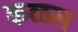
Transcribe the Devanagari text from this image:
कळल